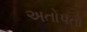
અતોપતો